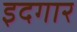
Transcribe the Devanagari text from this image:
इदगार